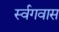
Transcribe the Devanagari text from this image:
र्स्वगवास